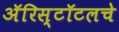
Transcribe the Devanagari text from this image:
ॲरिस्टॉटलचे